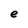
Character: e